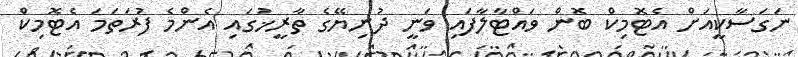
ނަގަސާކީއަށް އެޓޮމިކް ބޮން ވައްޓާލާފައި ވަނީ ދުނިޔޭގެ ތާރީޚުގައި އެންމެ ފުރަތަމަ އެޓޮމިކް